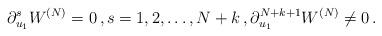
LaTeX: \begin{align*} \partial_{u_1}^s W^{(N)}=0\, , s=1,2,\dots, N+k\, , \partial_{u_1}^{N+k+1} W^{(N)} \neq 0\, .\end{align*}